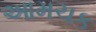
આમચક